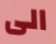
الى